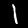
Digit: 1